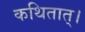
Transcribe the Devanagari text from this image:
कथितात्।